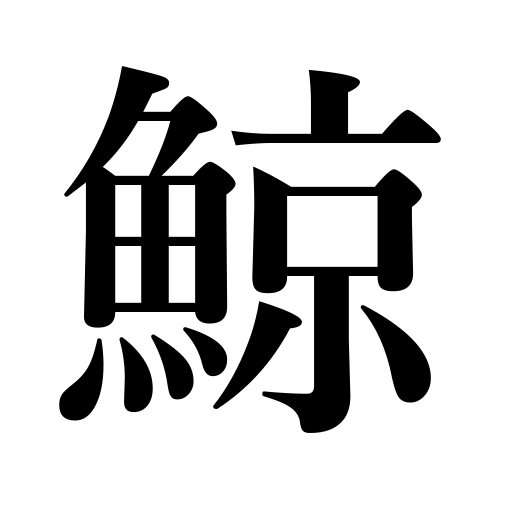
Meanings: whale